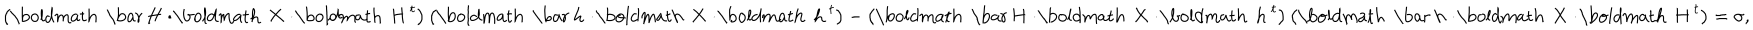
LaTeX: \left( \mathrm { \boldmath ~ \bar { ~ } H ~ } \! \cdot \! \mathrm { \boldmath ~ X ~ } \! \cdot \! \mathrm { \boldmath ~ H ~ } ^ { t } \right) \left( \mathrm { \boldmath ~ \bar { ~ } h ~ } \! \cdot \! \mathrm { \boldmath ~ X ~ } \! \cdot \! \mathrm { \boldmath ~ h ~ } ^ { t } \right) - \left( \mathrm { \boldmath ~ \bar { ~ } H ~ } \! \cdot \! \mathrm { \boldmath ~ X ~ } \! \cdot \! \mathrm { \boldmath ~ h ~ } ^ { t } \right) \left( \mathrm { \boldmath ~ \bar { ~ } h ~ } \! \cdot \! \mathrm { \boldmath ~ X ~ } \! \cdot \! \mathrm { \boldmath ~ H ~ } ^ { t } \right) = \sigma ,